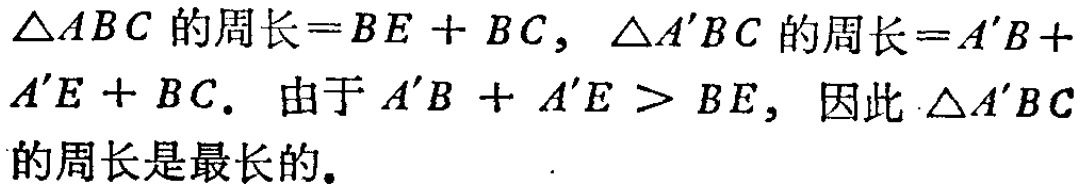
\(\triangle ABC\) 的周长\(=BE + BC\)，\(\triangle A'BC\) 的周长\(=A'B + A'E + BC\). 由于 \(A'B + A'E > BE\)，因此 \(\triangle A'BC\) 的周长是最长的。